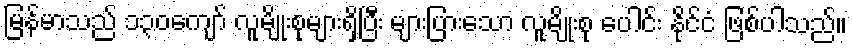
မြန်မာသည် ၁၃၀ကျော် လူမျိုးစုများရှိပြီး များပြားသော လူမျိုးစု ပေါင်း နိုင်ငံ ဖြစ်ပါသည်။